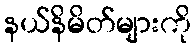
နယ်နိမိတ်များကို